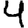
Digit: 4